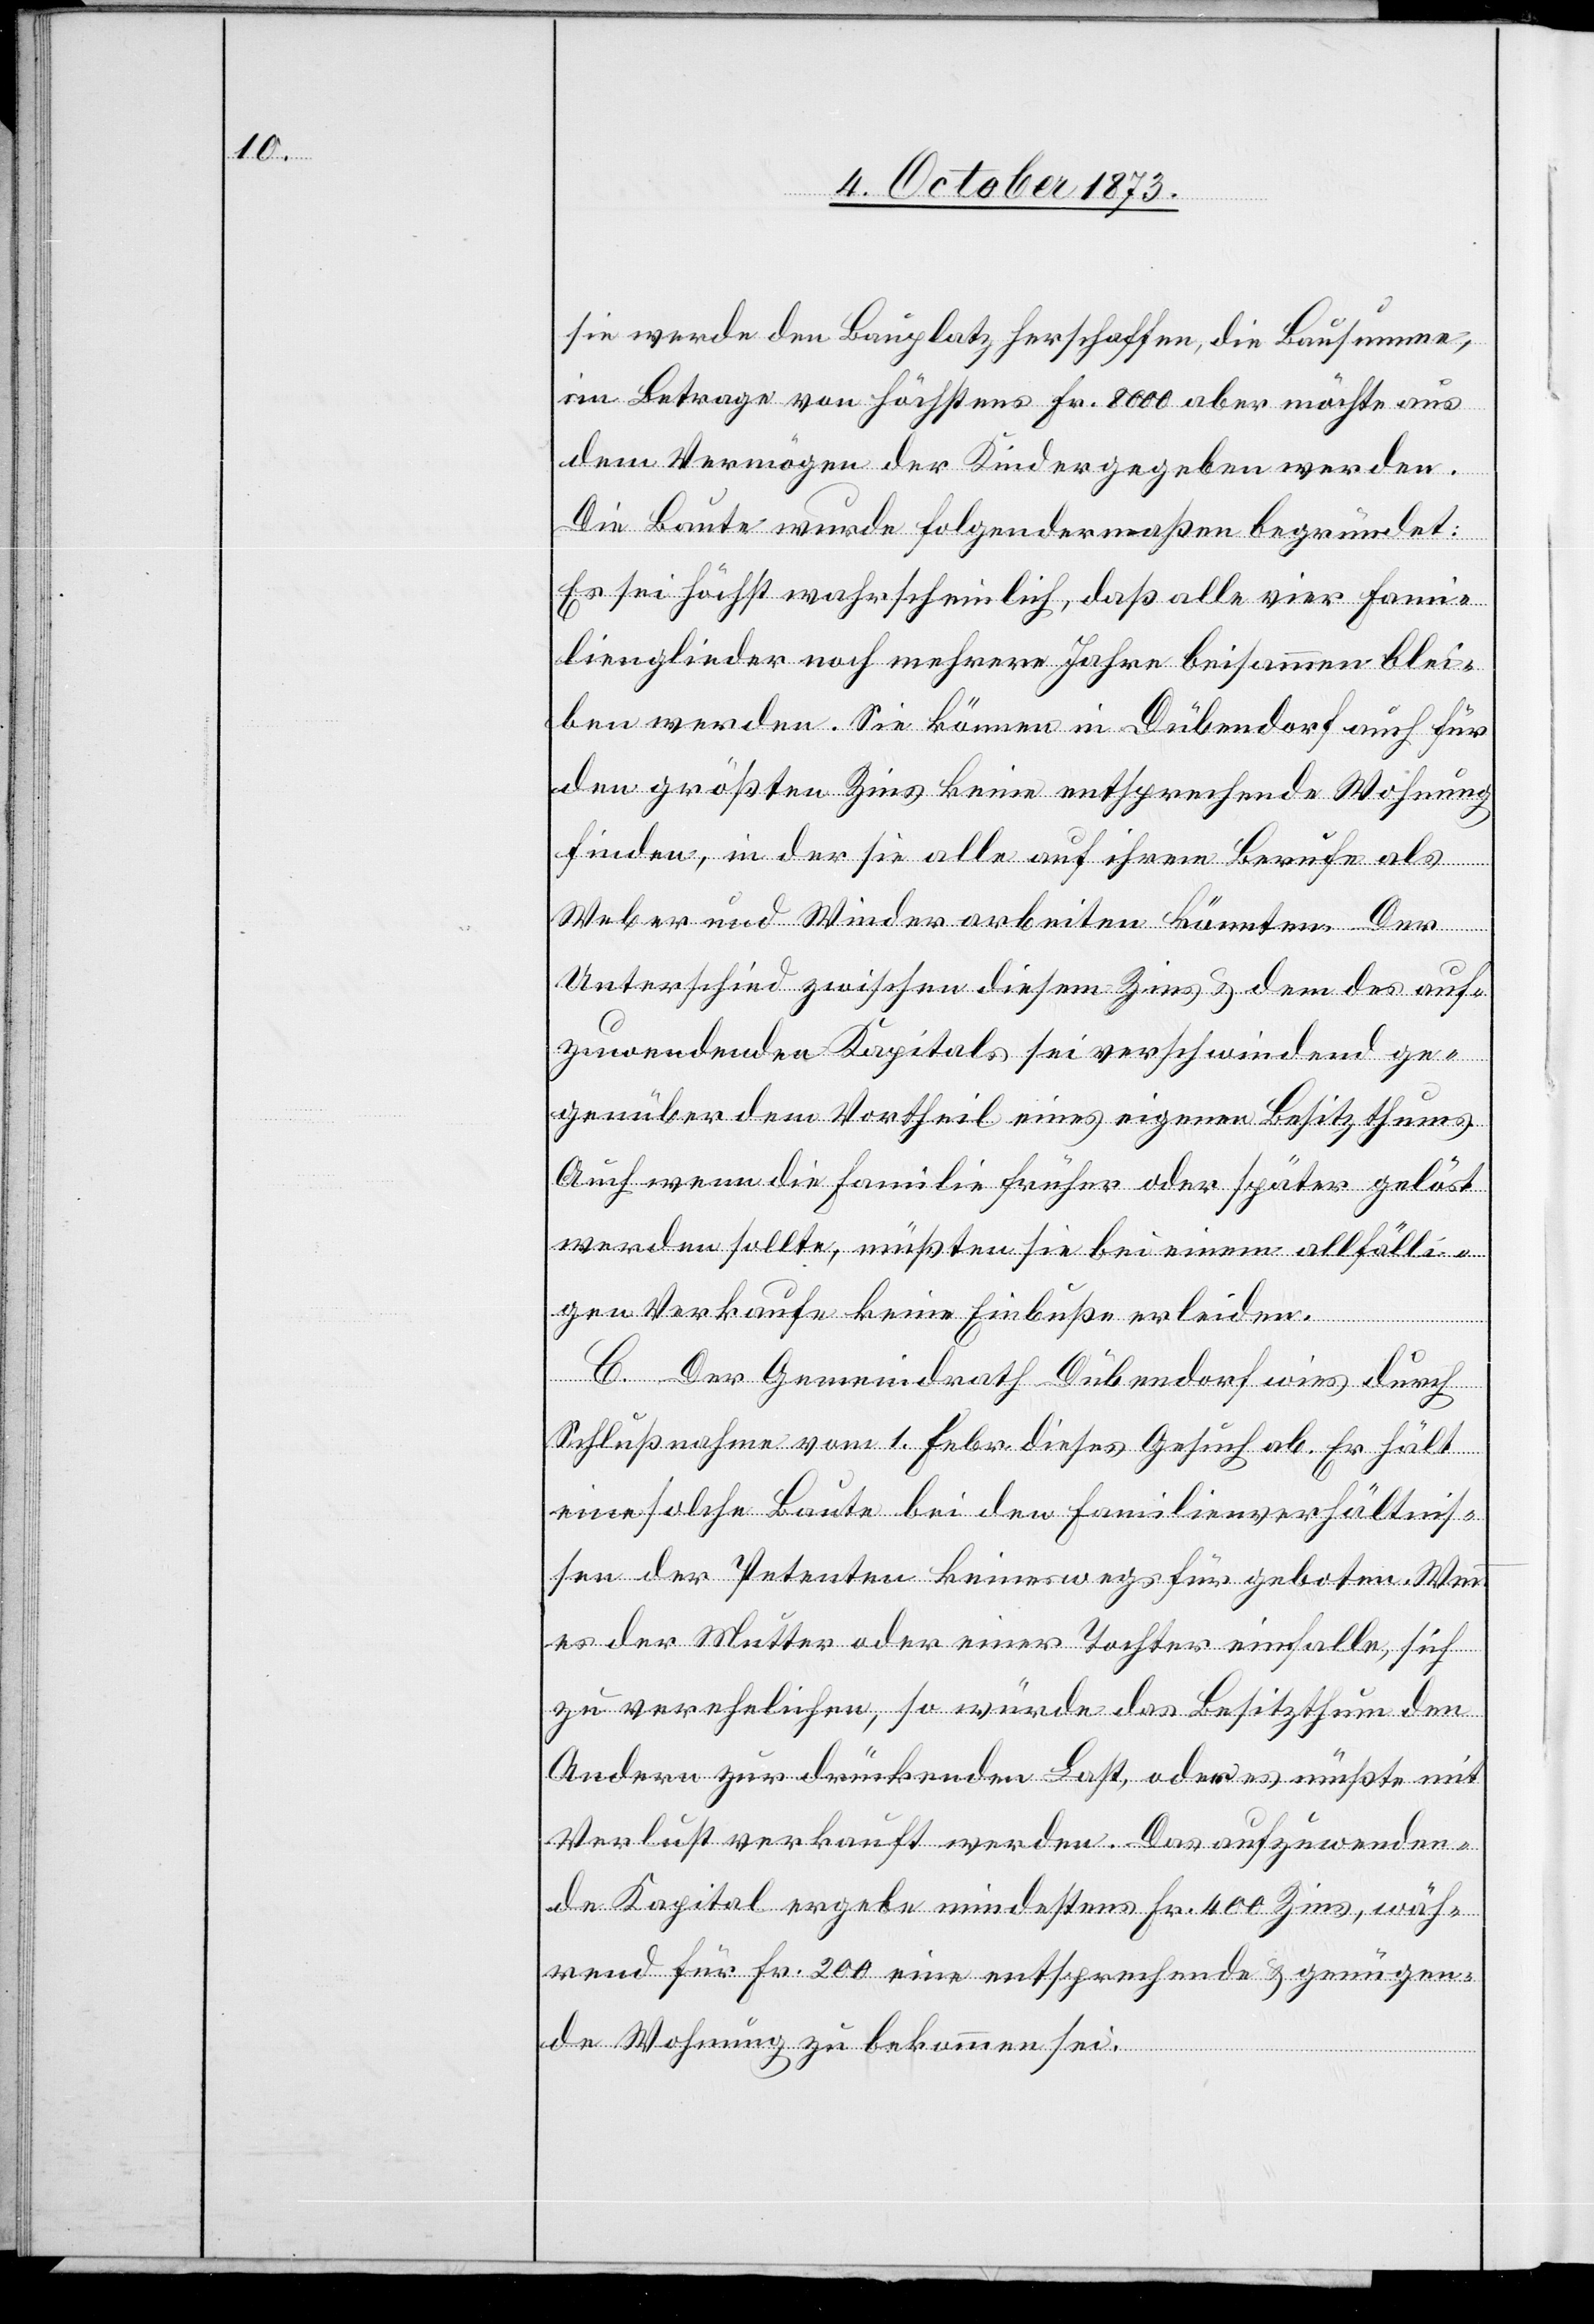
sie werde den Bauplatz herschaffen, die Bausumme,
im Betrage von höchstens Fr. 8 000 aber möchte aus
dem Vermögen der Kinder gegeben werden.
Die Baute wurde folgendermaßen begründet:
Es sei höchst wahrscheinlich, daß alle vier Fami¬
lienglieder noch mehrere Jahre beisammen blei¬
ben werden. Sie können in Dübendorf auch für
den größten Zins keine entsprechende Wohnung
finden, in der sie alle auf ihrem Berufe als
Weber und Winder arbeiten könnten. Der
Unterschied zwischen diesem Zins & dem des auf¬
zuwendenden Kapitals sei verschwindend ge¬
genüber dem Vortheil eines eigenen Besitzthums.
Auch wenn die Familie früher oder später gelöst
werden sollte, müßten sie bei einem allfälli¬
gen Verkaufe keine Einbuße erleiden.
C. Der Gemeindrath Dübendorf wies durch
Schlußnahme vom 1. Febr. dieses Gesuch ab. Er hält
eine solche Baute bei den Familienverhältnis¬
sen der Petenten keineswegs für geboten. Wenn
es der Mutter oder einer Tochter einfalle, sich
zu verehelichen, so würde das Besitzthum den
Andern zur drückenden Last, oder es müßte mit
Verlust verkauft werden. Das aufzuwenden¬
de Kapital ergebe mindestens Fr. 400 Zins, wäh¬
rend für Fr. 200 eine entsprechende & genügen¬
de Wohnung zu bekommen sei.